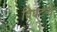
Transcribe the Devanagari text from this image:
विघटनों